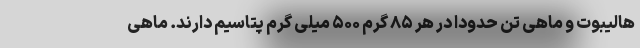
هالیبوت و ماهی تن حدوداً در هر ۸۵ گرم ۵۰۰ میلی گرم پتاسیم دارند. ماهی